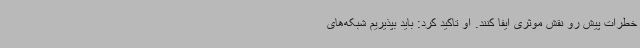
خطرات پیش رو نقش موثری ایفا کنند. او تاکید کرد: باید بپذیریم شبکه‌های